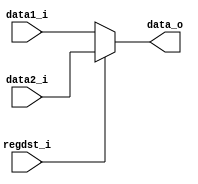
module MUX3
(
	regdst_i,
	data1_i,
	data2_i,
	data_o
);

input			regdst_i;
input	[4:0]	data1_i,data2_i;
output	[4:0]	data_o;

assign data_o = (regdst_i == 0)? (data1_i):
				data2_i;
				
endmodule